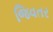
જિવતર